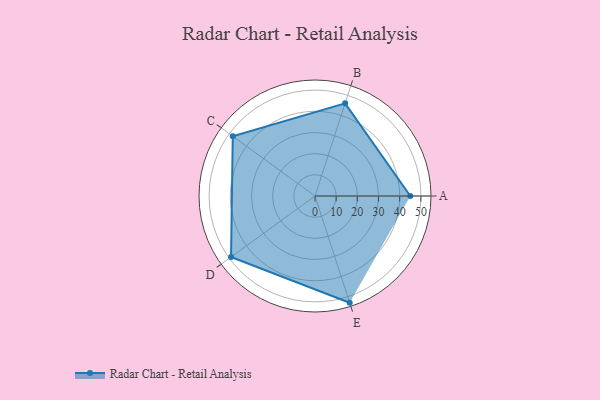
{"axis": {"x": "Skill", "y": "Score"}, "legend": ["Profile"], "data": [{"x": "A", "y": 45.0, "type": "Profile"}, {"x": "B", "y": 46.0, "type": "Profile"}, {"x": "C", "y": 48.0, "type": "Profile"}, {"x": "D", "y": 49.0, "type": "Profile"}, {"x": "E", "y": 53.0, "type": "Profile"}]}